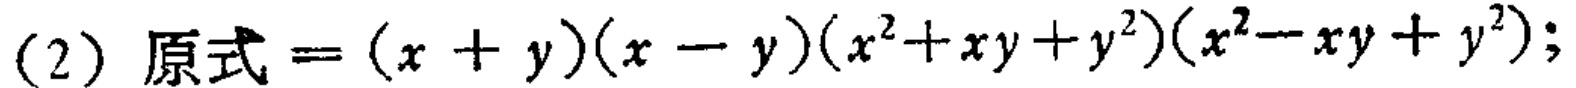
(2) 原式$=(x + y)(x - y)(x^{2}+xy + y^{2})(x^{2}-xy + y^{2})$;